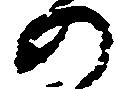
の